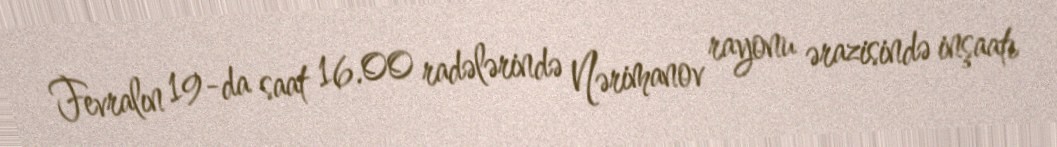
Fevralın 19-da saat 16.00 radələrində Nərimanov rayonu ərazisində inşaatı